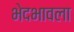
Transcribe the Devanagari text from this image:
भेदभावला